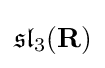
{\mathfrak {sl}}_{3}(\mathbf {R} )